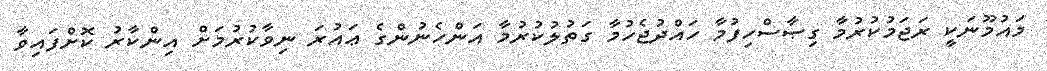
މައުމޫނަކީ ރަޖަމުކުރުމާ ގިޞާސްހިފުމާ ހައްދުޖެހުމާ ގަތުލުކުރުމާ އަންހެނުންގެ ޢައުރަ ނިވާކުރުމަށް އިންކާރު ކޮށްފައިވާ